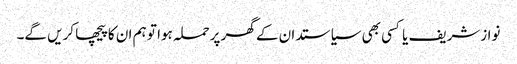
نوازشریف یا کسی بھی سیاستدا ن کے گھر پرحملہ ہوا تو ہم ان کا پیچھا کریں گے۔